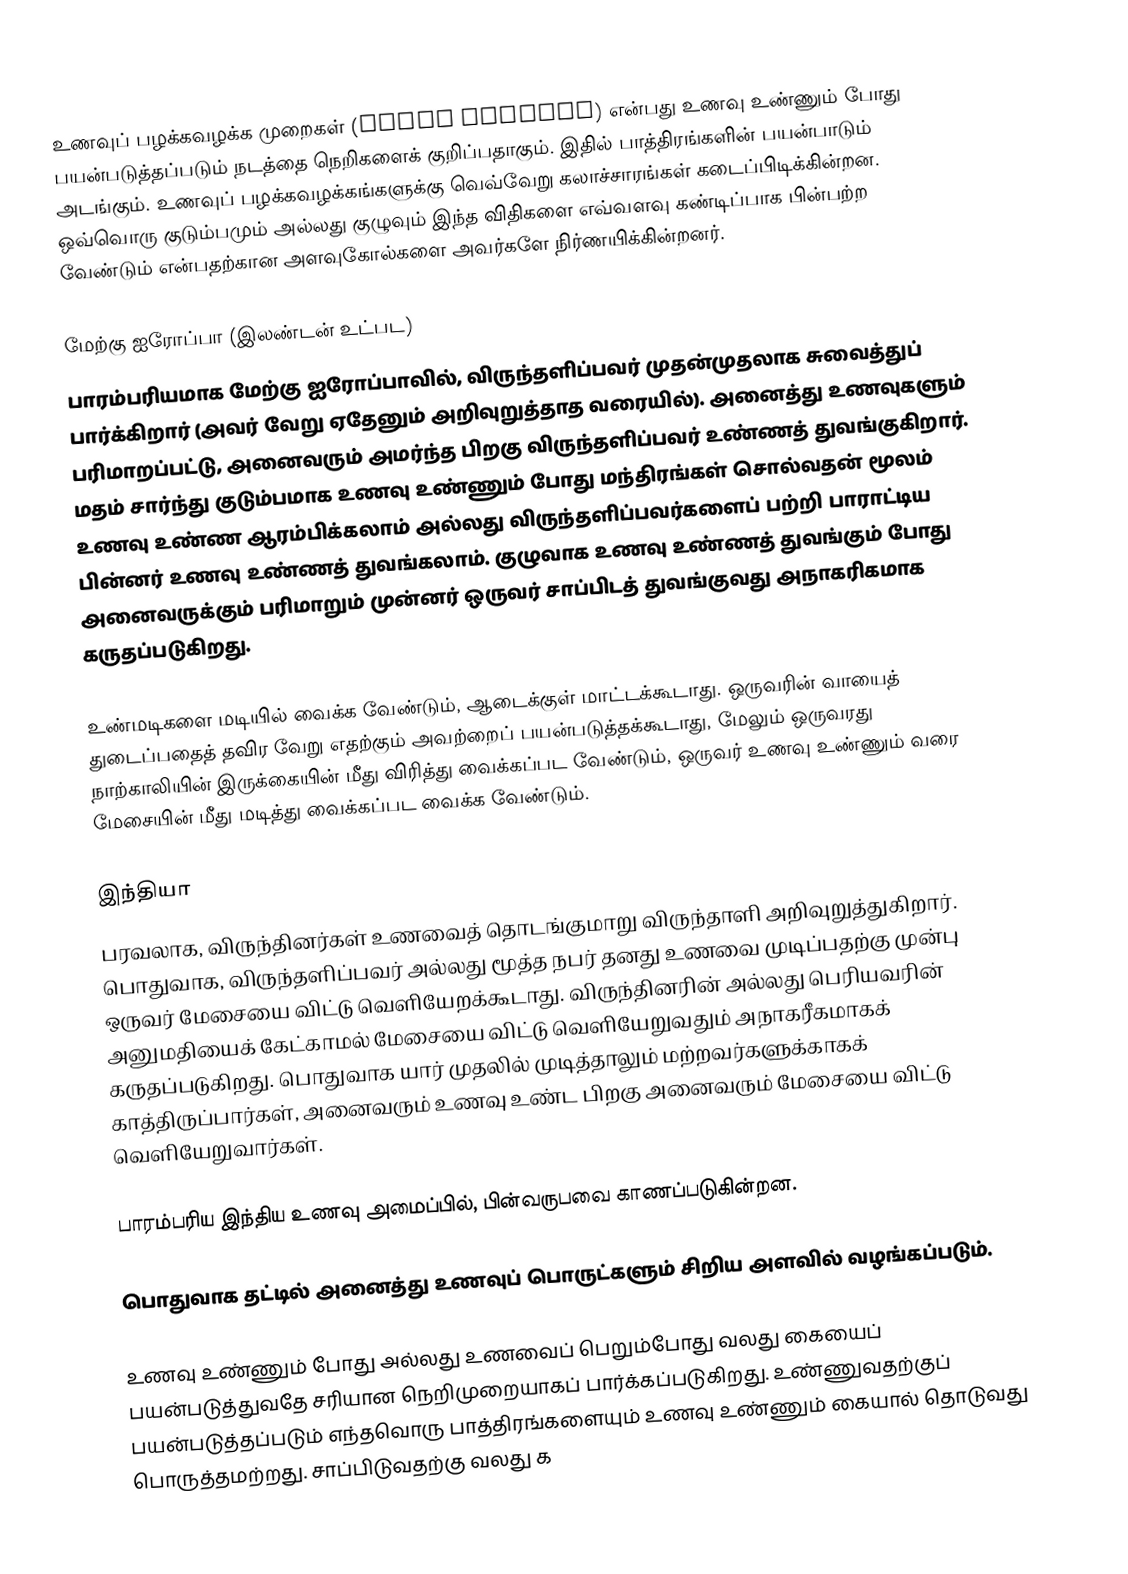
உணவுப் பழக்கவழக்க முறைகள் (Table manners) என்பது உணவு உண்ணும் போது பயன்படுத்தப்படும் நடத்தை நெறிகளைக் குறிப்பதாகும். இதில் பாத்திரங்களின் பயன்பாடும் அடங்கும். உணவுப் பழக்கவழக்கங்களுக்கு வெவ்வேறு கலாச்சாரங்கள் கடைப்பிடிக்கின்றன. ஒவ்வொரு குடும்பமும் அல்லது குழுவும் இந்த விதிகளை எவ்வளவு கண்டிப்பாக பின்பற்ற வேண்டும் என்பதற்கான அளவுகோல்களை அவர்களே நிர்ணயிக்கின்றனர்.

மேற்கு ஐரோப்பா (இலண்டன் உட்பட)
பாரம்பரியமாக மேற்கு ஐரோப்பாவில், விருந்தளிப்பவர் முதன்முதலாக சுவைத்துப் பார்க்கிறார் (அவர் வேறு ஏதேனும் அறிவுறுத்தாத வரையில்).    அனைத்து உணவுகளும் பரிமாறப்பட்டு, அனைவரும் அமர்ந்த பிறகு விருந்தளிப்பவர் உண்ணத் துவங்குகிறார். மதம் சார்ந்து குடும்பமாக உணவு உண்ணும் போது மந்திரங்கள் சொல்வதன் மூலம் உணவு உண்ண ஆரம்பிக்கலாம் அல்லது விருந்தளிப்பவர்களைப் பற்றி பாராட்டிய பின்னர் உணவு உண்ணத் துவங்கலாம். குழுவாக உணவு உண்ணத் துவங்கும் போது அனைவருக்கும் பரிமாறும் முன்னர் ஒருவர் சாப்பிடத் துவங்குவது அநாகரிகமாக கருதப்படுகிறது.

உண்மடிகளை மடியில் வைக்க வேண்டும், ஆடைக்குள் மாட்டக்கூடாது. ஒருவரின் வாயைத் துடைப்பதைத் தவிர வேறு எதற்கும் அவற்றைப் பயன்படுத்தக்கூடாது, மேலும் ஒருவரது நாற்காலியின் இருக்கையின் மீது விரித்து வைக்கப்பட வேண்டும், ஒருவர் உணவு உண்ணும் வரை மேசையின் மீது மடித்து வைக்கப்பட வைக்க வேண்டும்.

இந்தியா
பரவலாக, விருந்தினர்கள் உணவைத் தொடங்குமாறு விருந்தாளி அறிவுறுத்துகிறார். பொதுவாக, விருந்தளிப்பவர் அல்லது மூத்த நபர் தனது உணவை முடிப்பதற்கு முன்பு ஒருவர் மேசையை விட்டு வெளியேறக்கூடாது. விருந்தினரின் அல்லது பெரியவரின் அனுமதியைக் கேட்காமல் மேசையை விட்டு வெளியேறுவதும் அநாகரீகமாகக் கருதப்படுகிறது. பொதுவாக யார் முதலில் முடித்தாலும் மற்றவர்களுக்காகக் காத்திருப்பார்கள், அனைவரும் உணவு உண்ட பிறகு அனைவரும் மேசையை விட்டு வெளியேறுவார்கள்.

பாரம்பரிய இந்திய உணவு அமைப்பில், பின்வருபவை காணப்படுகின்றன.

பொதுவாக தட்டில் அனைத்து உணவுப் பொருட்களும் சிறிய அளவில் வழங்கப்படும்.

உணவு உண்ணும் போது அல்லது உணவைப் பெறும்போது வலது கையைப் பயன்படுத்துவதே சரியான நெறிமுறையாகப் பார்க்கப்படுகிறது. உண்ணுவதற்குப் பயன்படுத்தப்படும் எந்தவொரு பாத்திரங்களையும் உணவு உண்ணும் கையால் தொடுவது பொருத்தமற்றது. சாப்பிடுவதற்கு வலது க